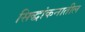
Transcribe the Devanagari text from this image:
सिद्धांकनातील